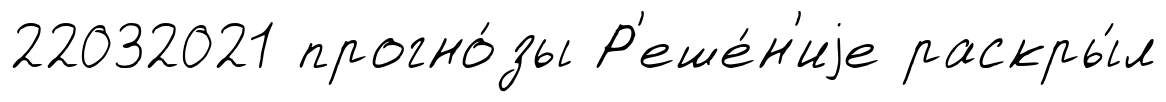
22032021 прогно́зы Р'еше́н'иjе раскры́л